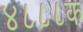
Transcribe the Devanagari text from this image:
४८८८क